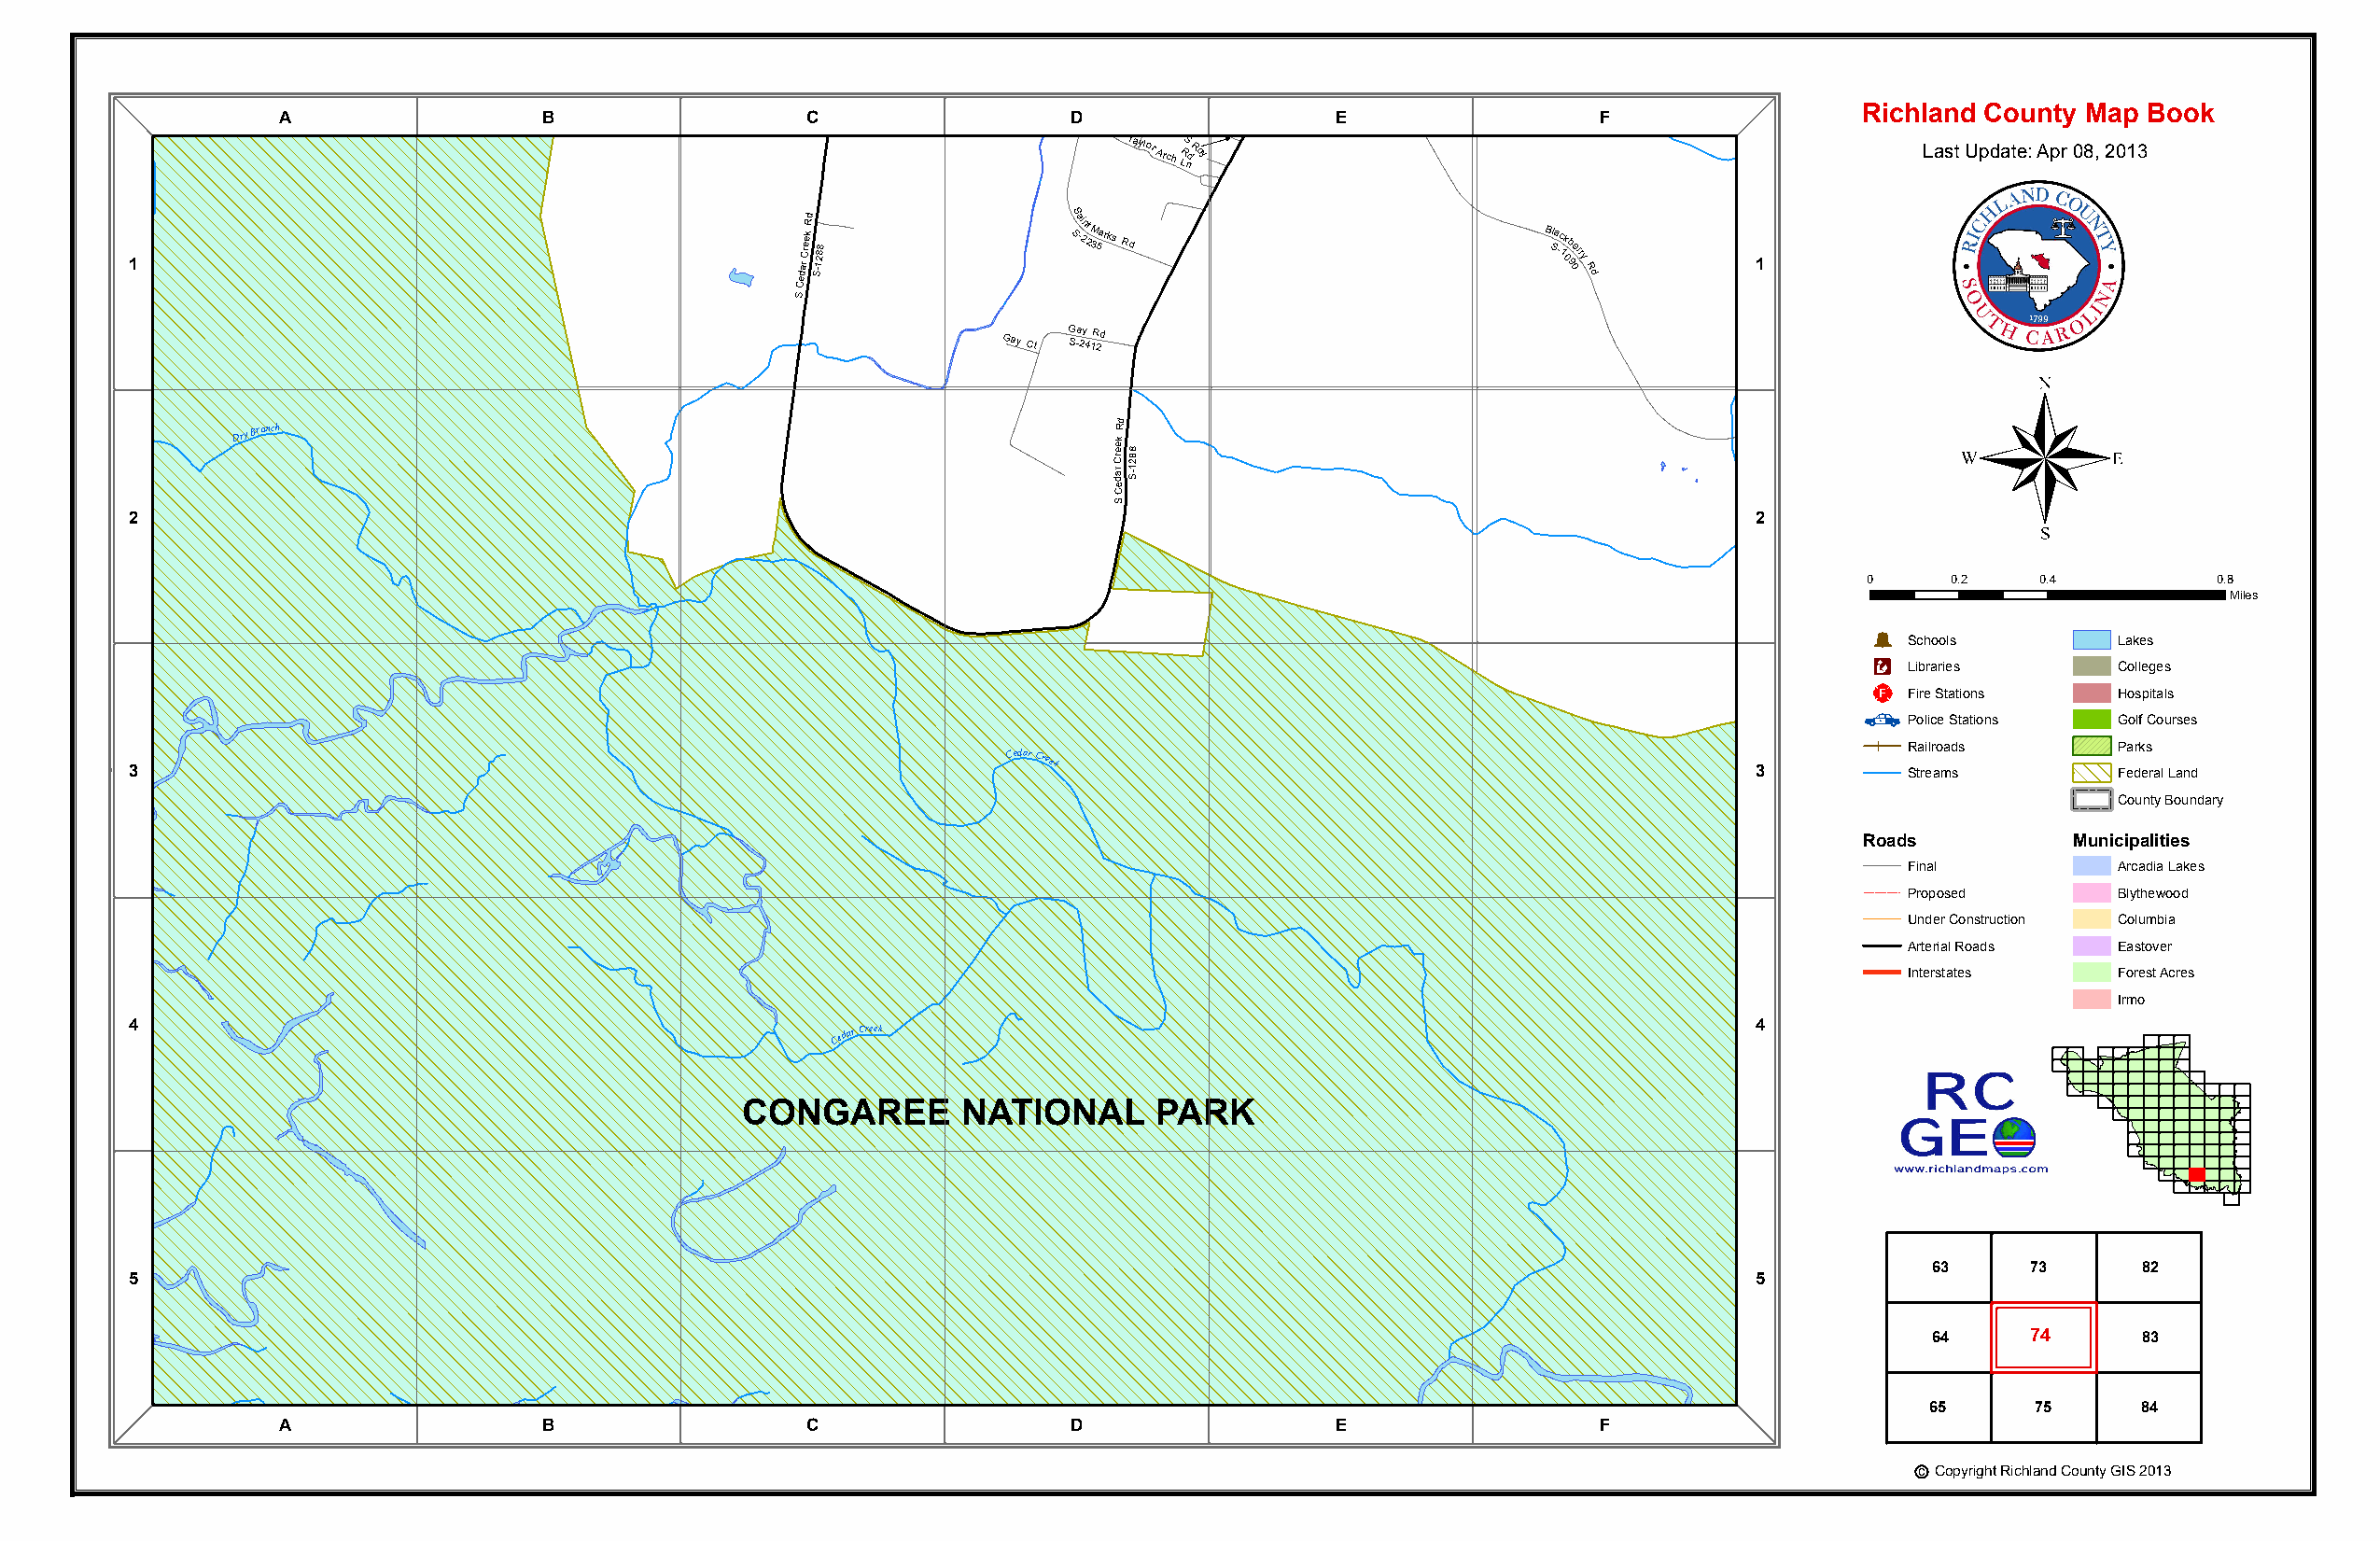
J Ra dckson
 CONGAREE NAATIONAL PARK   B                  C               La D De ranwo Dod A rT ca h yl Lo nr Ry oS R E S -B 1l 0a 9c 0kberry R d F Richland County Map Book
 d
 Taylor
 Arch
 LRS
 ndRoy                                               Last Update: Apr 08, 2013
 1                                               Cedar
 Creek Rd S-1288    SS a -i 2nt 2 M 35arks Rd        B Sla -c 1k 09b 0erry
 R
 d
 1
 S
 Gay
 Ct
 G S-a 2y
 4
 1R 2d
 ®
 Dry
 Branch
 r
 Cr ade
 eCek
 Rd
 12 S8 -8
 S
 2                                                                                                                   2
 0     0.2    0.4         0.8
 Miles
 Þ
 Schools        Lakes
 Æc
 Libraries      Colleges
 _¨
 Fire Stations  Hospitals
 Police Stations Golf Courses
 Railroads      Parks
 3
 Cedar Creek
 3         Streams        Federal Land
 County Boundary
 Roads          Municipalities
 Final          Arcadia Lakes
 Proposed       Blythewood
 Under Construction Columbia
 Arterial Roads Eastover
 Interstates    Forest Acres
 Irmo
 4                                                 Cedar Creek                                                       4
 CONGAREE       NATIONAL      PARK
 63     73      82
 5                                                                                                                   5
 64     74      83
 65     75      84
 A                 B                  C                  D                  E                 F
 c Copyright Richland County GIS 2013
 CONGAREE
 NATIONAL PARK